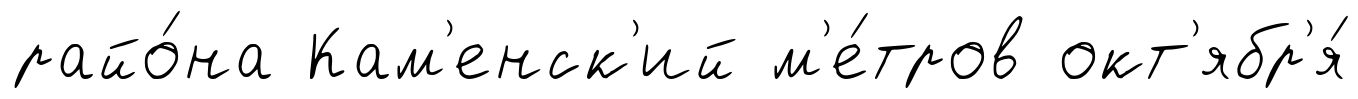
райо́на Кам'енск'ий м'е́тров окт'ябр'я́